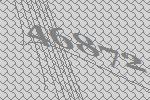
46872